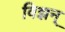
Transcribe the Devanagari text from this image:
विज्ञन्